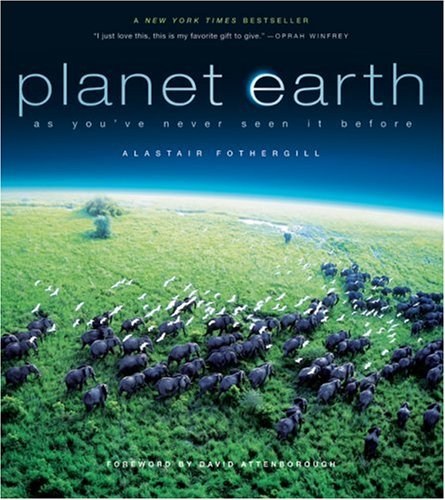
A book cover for Planet Earth: As You've Never Seen It Before; Alastair Fothergill; Arts & Photography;